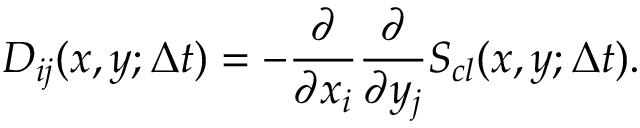
D _ { i j } ( x , y ; \Delta t ) = - \frac { \partial } { \partial x _ { i } } \frac { \partial } { \partial y _ { j } } S _ { c l } ( x , y ; \Delta t ) .